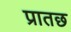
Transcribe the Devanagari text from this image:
प्रातछ